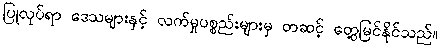
ပြုလုပ်ရာ ဒေသများနှင့် လက်မှုပစ္စည်းများမှ တဆင့် တွေ့မြင်နိုင်သည်။